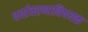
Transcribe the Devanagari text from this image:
पर्यावरणाविषयक